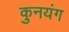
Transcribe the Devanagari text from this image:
कुनयंग